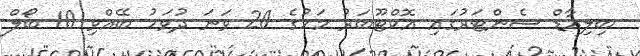
ބިލިއާޑް ސެންޓަރުގައި އޮކްޓޫބަރު މަހުގެ 20 ވަނަ ދުވަހު ބޭއްވި 10 ބޯލް